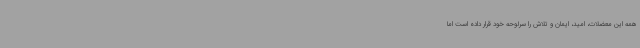
همه این معضلات، امید، ایمان و تلاش را سرلوحه خود قرار داده است اما